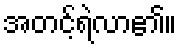
အတင့်ရဲလာ၏။